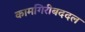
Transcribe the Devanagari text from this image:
कामगिरीबददल